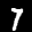
Label: 7